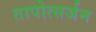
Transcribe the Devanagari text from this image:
तापोत्सर्जन